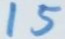
15